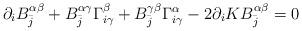
LaTeX: \begin{align*}\partial_{i} B_{\bar j}^{\alpha \beta} + B_{\bar j}^{\alpha \gamma}\Gamma_{i \gamma}^{\beta} + B_{\bar j}^{\gamma \beta}\Gamma_{i \gamma}^{\alpha} - 2 \partial_{i} KB_{\bar j}^{\alpha \beta} = 0\end{align*}